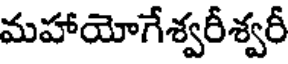
మహాయోగేశ్వరీశ్వరీ